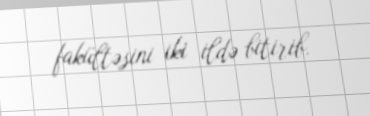
fakültəsini iki ildə bitirib.